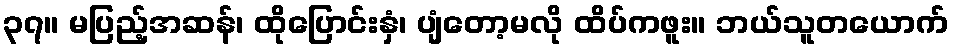
၃၇။ မပြည့်အဆန်၊ ထိုပြောင်းနှံ၊ ပျံတော့မလို ထိပ်ကဖူး။ ဘယ်သူတယောက်